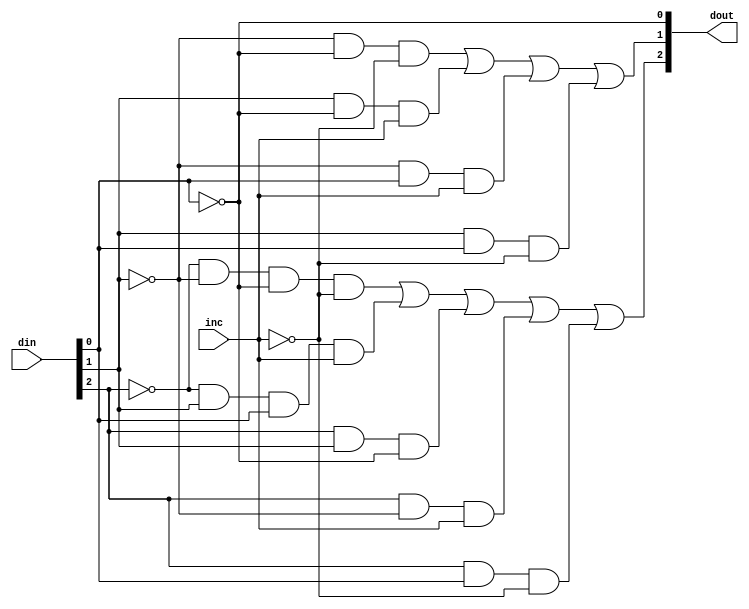
// ========== Copyright Header Begin ==========================================
// 
// OpenSPARC T1 Processor File: sparc_exu_rml_inc3.v
// Copyright (c) 2006 Sun Microsystems, Inc.  All Rights Reserved.
// DO NOT ALTER OR REMOVE COPYRIGHT NOTICES.
// 
// The above named program is free software; you can redistribute it and/or
// modify it under the terms of the GNU General Public
// License version 2 as published by the Free Software Foundation.
// 
// The above named program is distributed in the hope that it will be 
// useful, but WITHOUT ANY WARRANTY; without even the implied warranty of
// MERCHANTABILITY or FITNESS FOR A PARTICULAR PURPOSE.  See the GNU
// General Public License for more details.
// 
// You should have received a copy of the GNU General Public
// License along with this work; if not, write to the Free Software
// Foundation, Inc., 51 Franklin St, Fifth Floor, Boston, MA 02110-1301, USA.
// 
// ========== Copyright Header End ============================================
module sparc_exu_rml_inc3 (/*AUTOARG*/
   // Outputs
   dout, 
   // Inputs
   din, inc
   ) ;
   input [2:0] din;
   input       inc;
   output [2:0] dout;

   assign       dout[2] = ((~din[2] & ~din[1] & ~din[0] & ~inc) |
                           (~din[2] & din[1] & din[0] & inc) |
                           (din[2] & din[1] & ~din[0]) |
                           (din[2] & ~din[1] & inc) |
                           (din[2] & din[0] & ~inc));
   assign dout[1] = ((~din[1] & ~din[0] & ~inc) |
                     (din[1] & ~din[0] & inc) |
                     (~din[1] & din[0] & inc) |
                     (din[1] & din[0] & ~inc));
   assign dout[0] = ~din[0];
   
endmodule // sparc_exu_rml_inc3